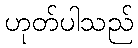
ဟုတ်ပါသည်